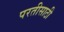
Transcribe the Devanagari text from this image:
परतीसाठी